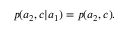
\begin{array} { r } { p ( a _ { 2 } , c | a _ { 1 } ) = p ( a _ { 2 } , c ) . } \end{array}